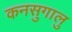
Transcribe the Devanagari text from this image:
कनसुगालु